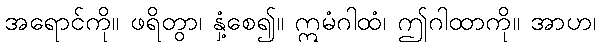
အရောင်ကို။ ဖရိတွာ၊ နှံ့စေ၍။ ဣမံဂါထံ၊ ဤဂါထာကို။ အာဟ၊